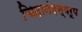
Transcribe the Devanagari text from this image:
चिदानंदस्वरूप